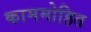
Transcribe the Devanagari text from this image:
काममोहित